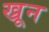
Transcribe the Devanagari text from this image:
ख्रून